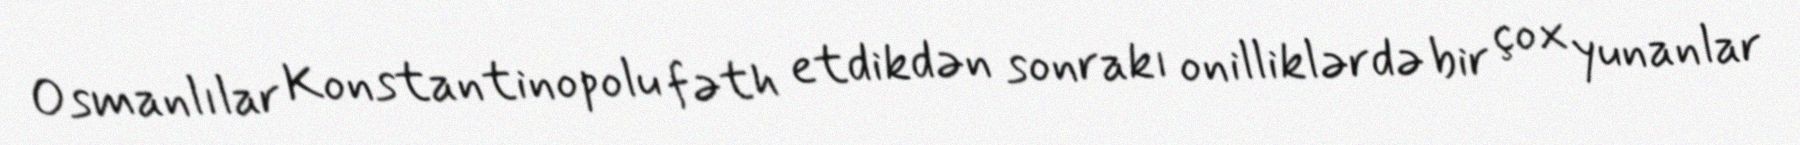
Osmanlılar Konstantinopolu fəth etdikdən sonrakı onilliklərdə bir çox yunanlar